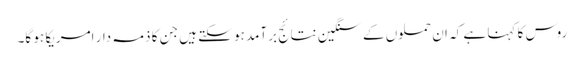
روس کا کہنا ہے کہ ان حملوں کے سنگین نتائج برآمد ہو سکتے ہیں جن کا ذمہ دار امریکا ہو گا۔